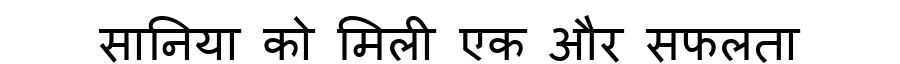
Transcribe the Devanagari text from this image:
सानिया को मिली एक और सफलता